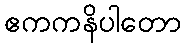
ဧကကနိပါတော